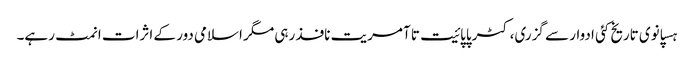
ہسپانوی تاریخ کئی ادوار سے گزری، کٹرپاپائیت تا آمریت نافذ رہی مگر اسلامی دور کے اثرات انمٹ رہے۔